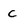
Character: C